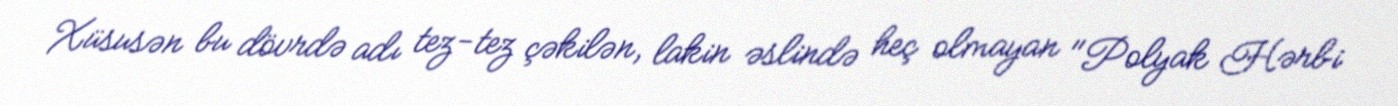
Xüsusən bu dövrdə adı tez-tez çəkilən, lakin əslində heç olmayan "Polyak Hərbi